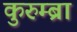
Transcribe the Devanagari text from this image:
कुरुम्ब्रा